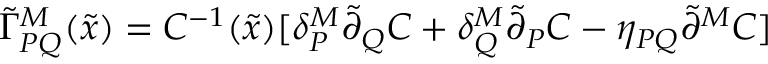
\tilde { \Gamma } _ { P Q } ^ { M } ( \tilde { x } ) = C ^ { - 1 } ( \tilde { x } ) [ \delta _ { P } ^ { M } \tilde { \partial } _ { Q } C + \delta _ { Q } ^ { M } \tilde { \partial } _ { P } C - \eta _ { P Q } \tilde { \partial } ^ { M } C ]